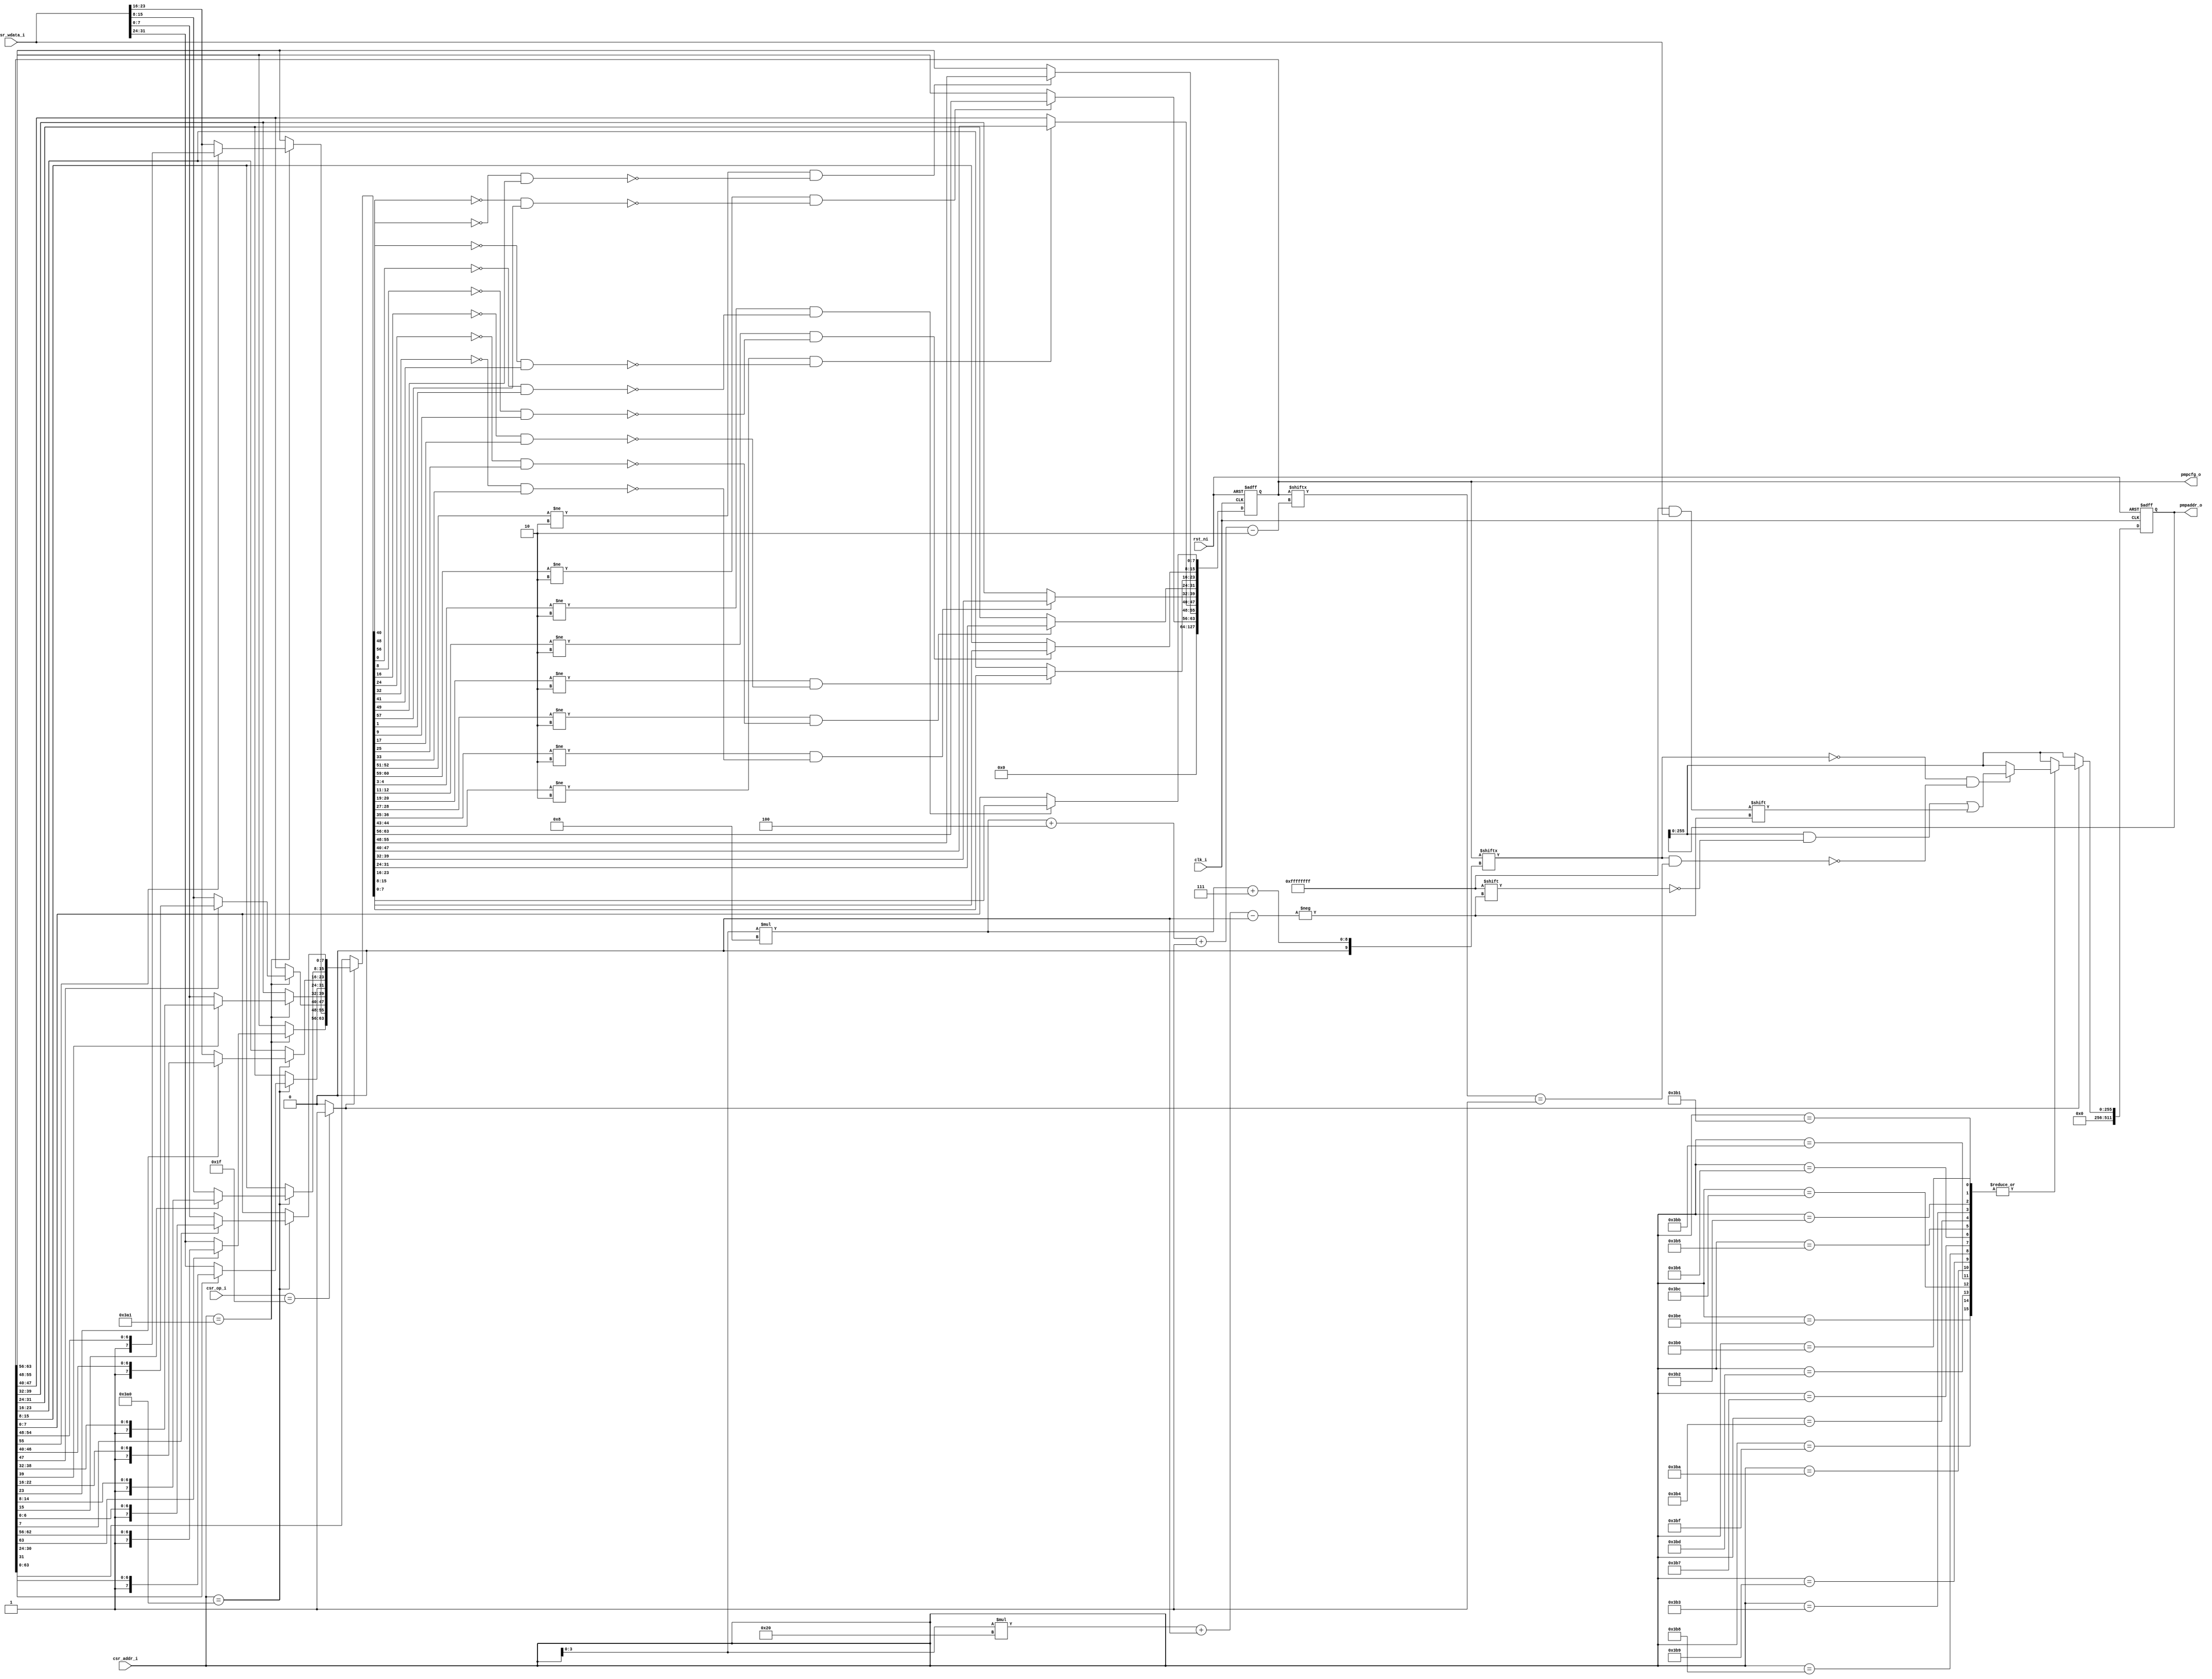
module simple_csr_regfile (
    input clk_i,                // Clock
    input rst_ni,               // Asynchronous reset active low
    
    input [31:0] csr_wdata_i,
    input [11:0] csr_addr_i,
    input [7:0] csr_op_i,

    // PMPs
    output [127:0] pmpcfg_o,    // PMP configuration containing pmpcfg for max 16 PMPs
    output [511:0] pmpaddr_o    // PMP addresses
);
	parameter [31:0] NrPMPEntries = 8;
    
    reg [127:0] pmpcfg_q, pmpcfg_d;
    reg [511:0] pmpaddr_q, pmpaddr_d;

    assign pmpcfg_o = pmpcfg_q;
    assign pmpaddr_o = pmpaddr_q;

    wire [11:0] csr_addr;
    assign csr_addr = csr_addr_i;

	reg csr_we;
    reg [31:0] csr_wdata;

    always @(*) begin : csr_update
        // Default update
        pmpcfg_d = pmpcfg_q;
        pmpaddr_d = pmpaddr_q;
        if (csr_we) begin
            case (csr_addr[11-:12])
				12'h3a0: begin : sv2v_autoblock_3
					reg signed [31:0] i;
					for (i = 0; i < 4; i = i + 1)
						if (!pmpcfg_q[(i * 8) + 7])
							pmpcfg_d[i * 8+:8] = csr_wdata[i * 8+:8];
				end
				12'h3a1: begin : sv2v_autoblock_4
					reg signed [31:0] i;
					for (i = 0; i < 4; i = i + 1)
						if (!pmpcfg_q[((i + 4) * 8) + 7])
							pmpcfg_d[(i + 4) * 8+:8] = csr_wdata[i * 8+:8];
				end
				12'h3a2: begin : sv2v_autoblock_5
					reg signed [31:0] i;
					for (i = 0; i < 4; i = i + 1)
						if (!pmpcfg_q[((i + 8) * 8) + 7])
							pmpcfg_d[(i + 8) * 8+:8] = csr_wdata[i * 8+:8];
				end
				12'h3a3: begin : sv2v_autoblock_6
					reg signed [31:0] i;
					for (i = 0; i < 4; i = i + 1)
						if (!pmpcfg_q[((i + 12) * 8) + 7])
							pmpcfg_d[(i + 12) * 8+:8] = csr_wdata[i * 8+:8];
				end
                12'h3b0, 12'h3b1, 12'h3b2, 12'h3b3, 12'h3b4, 12'h3b5, 12'h3b6, 12'h3b7, 12'h3b8, 12'h3b9, 12'h3ba, 12'h3bb, 12'h3bc, 12'h3bd, 12'h3be, 12'h3bf: begin : sv2v_autoblock_7
					reg signed [31:0] index;
					index = csr_addr[3:0];
					if (!pmpcfg_q[(index * 8) + 7] && !(pmpcfg_q[(index * 8) + 7] && (pmpcfg_q[(index * 8) + 4-:2] == 2'b01))) begin
						pmpaddr_d[index * 32+:32] = csr_wdata[31:0];
					end
				end
            endcase
        end
    end

    always @(*) begin : csr_op_logic
		csr_wdata = csr_wdata_i;
		csr_we = 1'b1;
		// csr_read = 1'b1;
		// mret = 1'b0;
		// sret = 1'b0;
		// dret = 1'b0;
		case (csr_op_i)
			8'd31: csr_wdata = csr_wdata_i;
			// 8'd33: csr_wdata = csr_wdata_i | csr_rdata;
			// 8'd34: csr_wdata = ~csr_wdata_i & csr_rdata;
			8'd32: csr_we = 1'b0;
			8'd24: begin
				csr_we = 1'b0;
				// csr_read = 1'b0;
				// sret = 1'b1;
			end
			8'd23: begin
				csr_we = 1'b0;
				// csr_read = 1'b0;
				// mret = 1'b1;
			end
			8'd25: begin
				csr_we = 1'b0;
				// csr_read = 1'b0;
				// dret = 1'b1;
			end
			default: begin
				csr_we = 1'b0;
				// csr_read = 1'b0;
			end
		endcase
		// if (privilege_violation) begin
		// 	csr_we = 1'b0;
		// 	csr_read = 1'b0;
		// end
	end

    always @(posedge clk_i or negedge rst_ni)
        if (~rst_ni) begin
            // PMP
            pmpcfg_q <= 1'sb0;
            pmpaddr_q <= 1'sb0;

        end else begin
            begin : sv2v_autoblock_8
				reg signed [31:0] i;
				for (i = 0; i < 16; i = i + 1)
					if (i < NrPMPEntries) begin
						if ((pmpcfg_d[(i*8) + 4-:2] != 2'b10) && !((pmpcfg_d[i * 8] == 1'b0) && 
                            (pmpcfg_d[(i * 8) + 1] == 1'b1)))
							pmpcfg_q[i*8+:8] <= pmpcfg_d[i * 8+:8];
						else
							pmpcfg_q[i * 8+:8] <= pmpcfg_q[i * 8+:8];
                        pmpaddr_q[i * 32+:32] <= pmpaddr_d[i * 32+:32];
					    end
                    else begin
                        pmpcfg_q[i * 8+:8] <= 1'sb0;
                        pmpaddr_q[i * 32+:32] <= 1'sb0;
                    end
			end
        end

endmodule